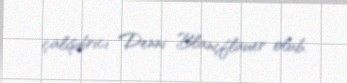
çalışdırıcı Denni Blançflauer olub.